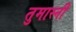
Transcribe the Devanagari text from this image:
तुमास्नी